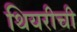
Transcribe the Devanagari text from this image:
थियरीची